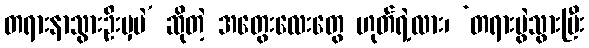
တရားနာသွားဦးမှပဲ’ ဆိုတဲ့ အတွေးလေးတွေ ဟုတ်ရဲ့လား၊ ‘တရားပွဲသွားပြီး